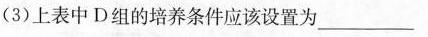
(3)上表中D组的培养条件应该设置为___